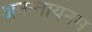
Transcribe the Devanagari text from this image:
अनन्तायनम